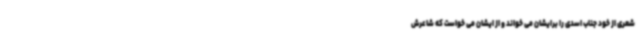
شعری از خود جناب اسدی را برایشان می خواند و از ایشان می خواست که شاعرش